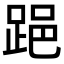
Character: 𨁲